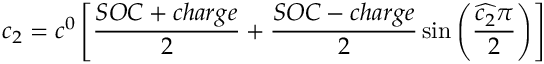
c _ { 2 } = c ^ { 0 } \left[ \frac { S O C + c h a r g e } { 2 } + \frac { S O C - c h a r g e } { 2 } \sin \left( \frac { \widehat { c _ { 2 } } \pi } { 2 } \right) \right]